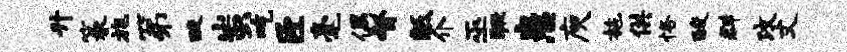
升篆旄第酸蚩吃臣毫偶督胝介巫蹶患庾施供恪酸群攻丈